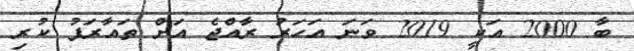
ބާ 2000 އަކީ 2019 ވަނަ އަހަރު ރާއްޖެ އަށް ތައާރަފު ކުރި